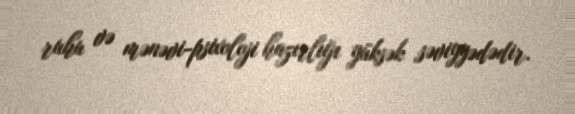
ruhu və mənəvi-psixoloji hazırlığı yüksək səviyyədədir.